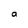
Character: a